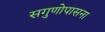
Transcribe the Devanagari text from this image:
सगुणोपासना